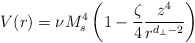
\begin{align*}V(r) = \nu M_s^4 \left( 1 - \frac{\zeta}{4} \frac{z^4}{r^{d_{\perp}-2}} \right)\end{align*}